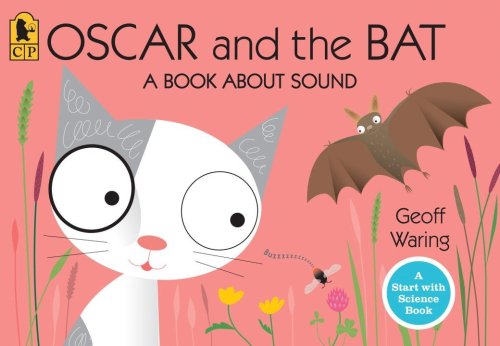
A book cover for Oscar and the Bat: A Book About Sound (Start with Science); Geoff Waring; Children's Books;